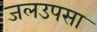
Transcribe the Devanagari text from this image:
जलउपसा